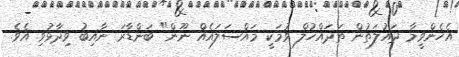
އެހެންވީމާ ދައުލަތުން ތަދައްޚުލް ވުމަކީ މައްސަލައެއް ނޫން" ބަންޑާރަ ނާއިބު ވިދާޅުވި އެވެ.